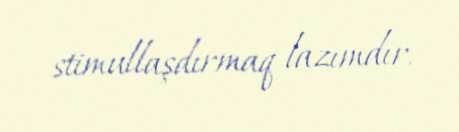
stimullaşdırmaq lazımdır.